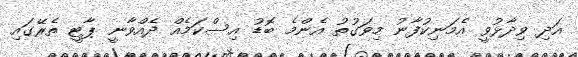
އަދި ވިދާޅުވީ އެމަނިކުފާނު މިވަގުތު އެންމެ ބޮޑު އިސްކަމެއް ދެއްވާނީ ޕާޓީ ތެރޭގައި